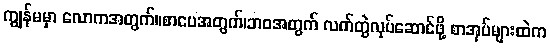
ကျွန်မမှာ လောကအတွက်။စာပေအတွက်၊ဘဝအတွက် လက်တွဲလုပ်ဆောင်ဖို့ စာအုပ်များထဲက